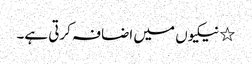
٭ نیکیوں میں اضافہ کرتی ہے۔